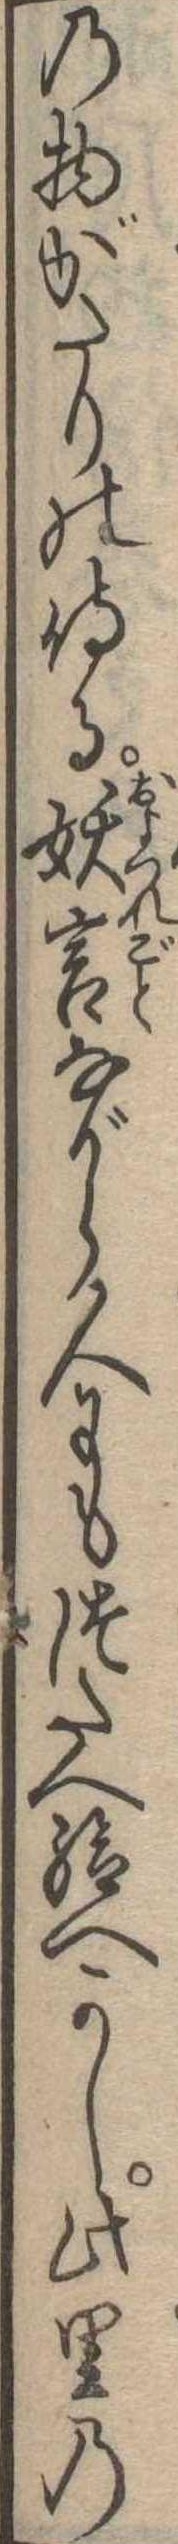
の物がたりの侍る妖言ながら人にもつたへ給へかし此里の